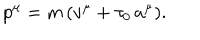
LaTeX: p ^ { \mu } = m \, ( v ^ { \mu } + \tau _ { 0 } \, a ^ { \mu } ) .